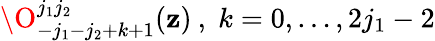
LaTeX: \O_{-j_{1}-j_{2}+k+1}^{j_{1}j_{2}}(\mathbf{z})\: ,\; k=0,\dots,2j_{1}-2